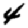
Digit: 4